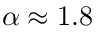
\alpha \approx 1 . 8